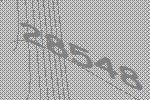
28548